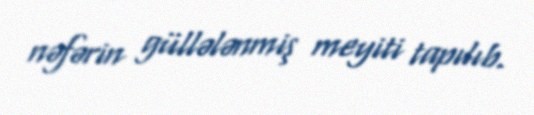
nəfərin güllələnmiş meyiti tapılıb.